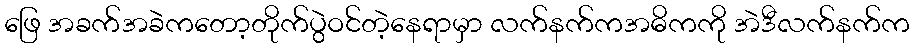
ဖြေ အခက်အခဲကတော့တိုက်ပွဲဝင်တဲ့နေရာမှာ လက်နက်ကအဓိကကို အဲဒီလက်နက်က